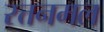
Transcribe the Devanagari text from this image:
रत्तनमल